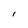
Character: l